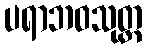
ပရာဘဝသုတ္တ